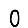
Digit: 0